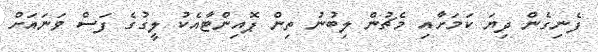
ފެނިގެން ދިޔަ ކަމަށާއި މެޗުން ލިބުނު ތިން ޕޮއިންޓާއެކު ލީގުގެ ފަސް ވަނައަށް